Bombay plague: being a history of the progress of plague in the Bombay presidency from September 1896 to June 1899
Year: 1896
Disease focus: Plague
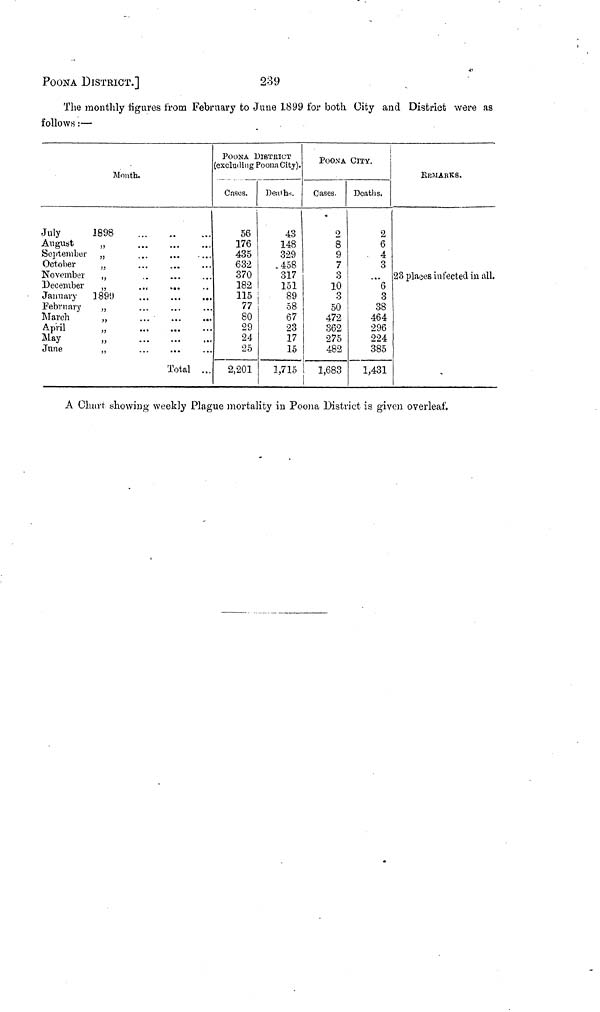
POONA DISTRICT.]
239
The monthly figures from February to June 1899 for both City and District were as
follows :—
Month.
July
August
September
October
November
December
January
February
March
April
May
June
1898
,,
,,
1899
...
...
..
...
...
...
...
...
...
...
...
...
...
...
...
...
...
...
...
...
...
Total
...
...
...
...
...
...
...
...
...
POONA DISTRICT
excluding Poona City).
Cases.
56
176
435
632
370
182
115
77
80
29
24
25
2,201
Deaths.
43
148
329
458
317
151
89
58
67
23
17
15
1,715
ΡOONA CITY.
Cases.
o
8
9
7
3
10
3
50
472
362
275
482
1,683
Deaths.
2
6
4
3
...
6
3
38
464
296
224
385
1,431
REMARKS.
23 places infected in all.
A Chart showing weekly Plague mortality in Poona District is given overleaf.